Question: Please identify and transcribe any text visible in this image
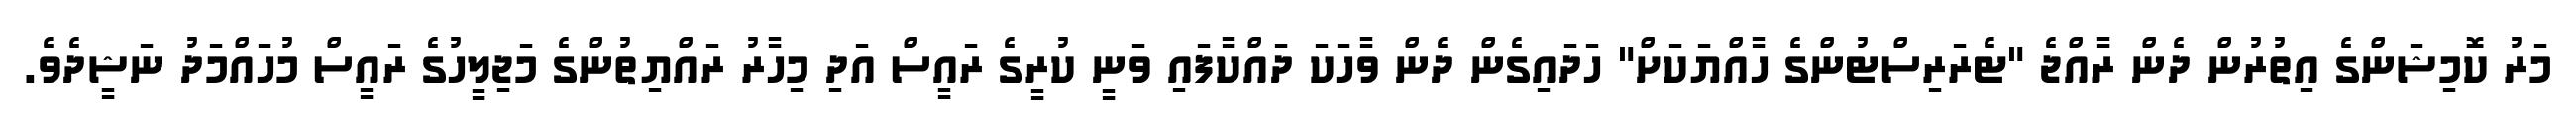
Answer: މަރު ކޮމިޝަންގެ އިތުރުން ދެން ރާއްޖެ "ޓެރަރިސްޓުންގެ ހާއްޔަކަށް" ހަދައިގެން ދެން ވާހަކަ ދައްކާފައި ވަނީ ކުރީގެ ރައީސް އަދި މިހާރު ރައްޔިތުންގެ މަޖިލީހުގެ ރައީސް މުހައްމަދު ނަޝީދެވެ.